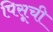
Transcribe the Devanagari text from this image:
पिसूची